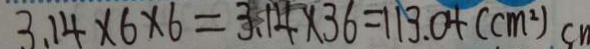
3 . 1 4 \times 6 \times 6 = 3 . 1 4 \times 3 6 = 1 1 3 . 0 4 ( c m ^ { 2 } ) c n